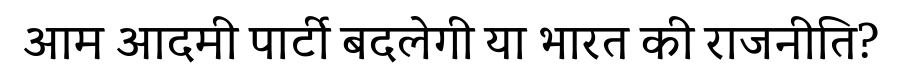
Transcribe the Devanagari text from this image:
आम आदमी पार्टी बदलेगी या भारत की राजनीति?